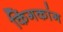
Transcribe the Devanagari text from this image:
किंगकांग